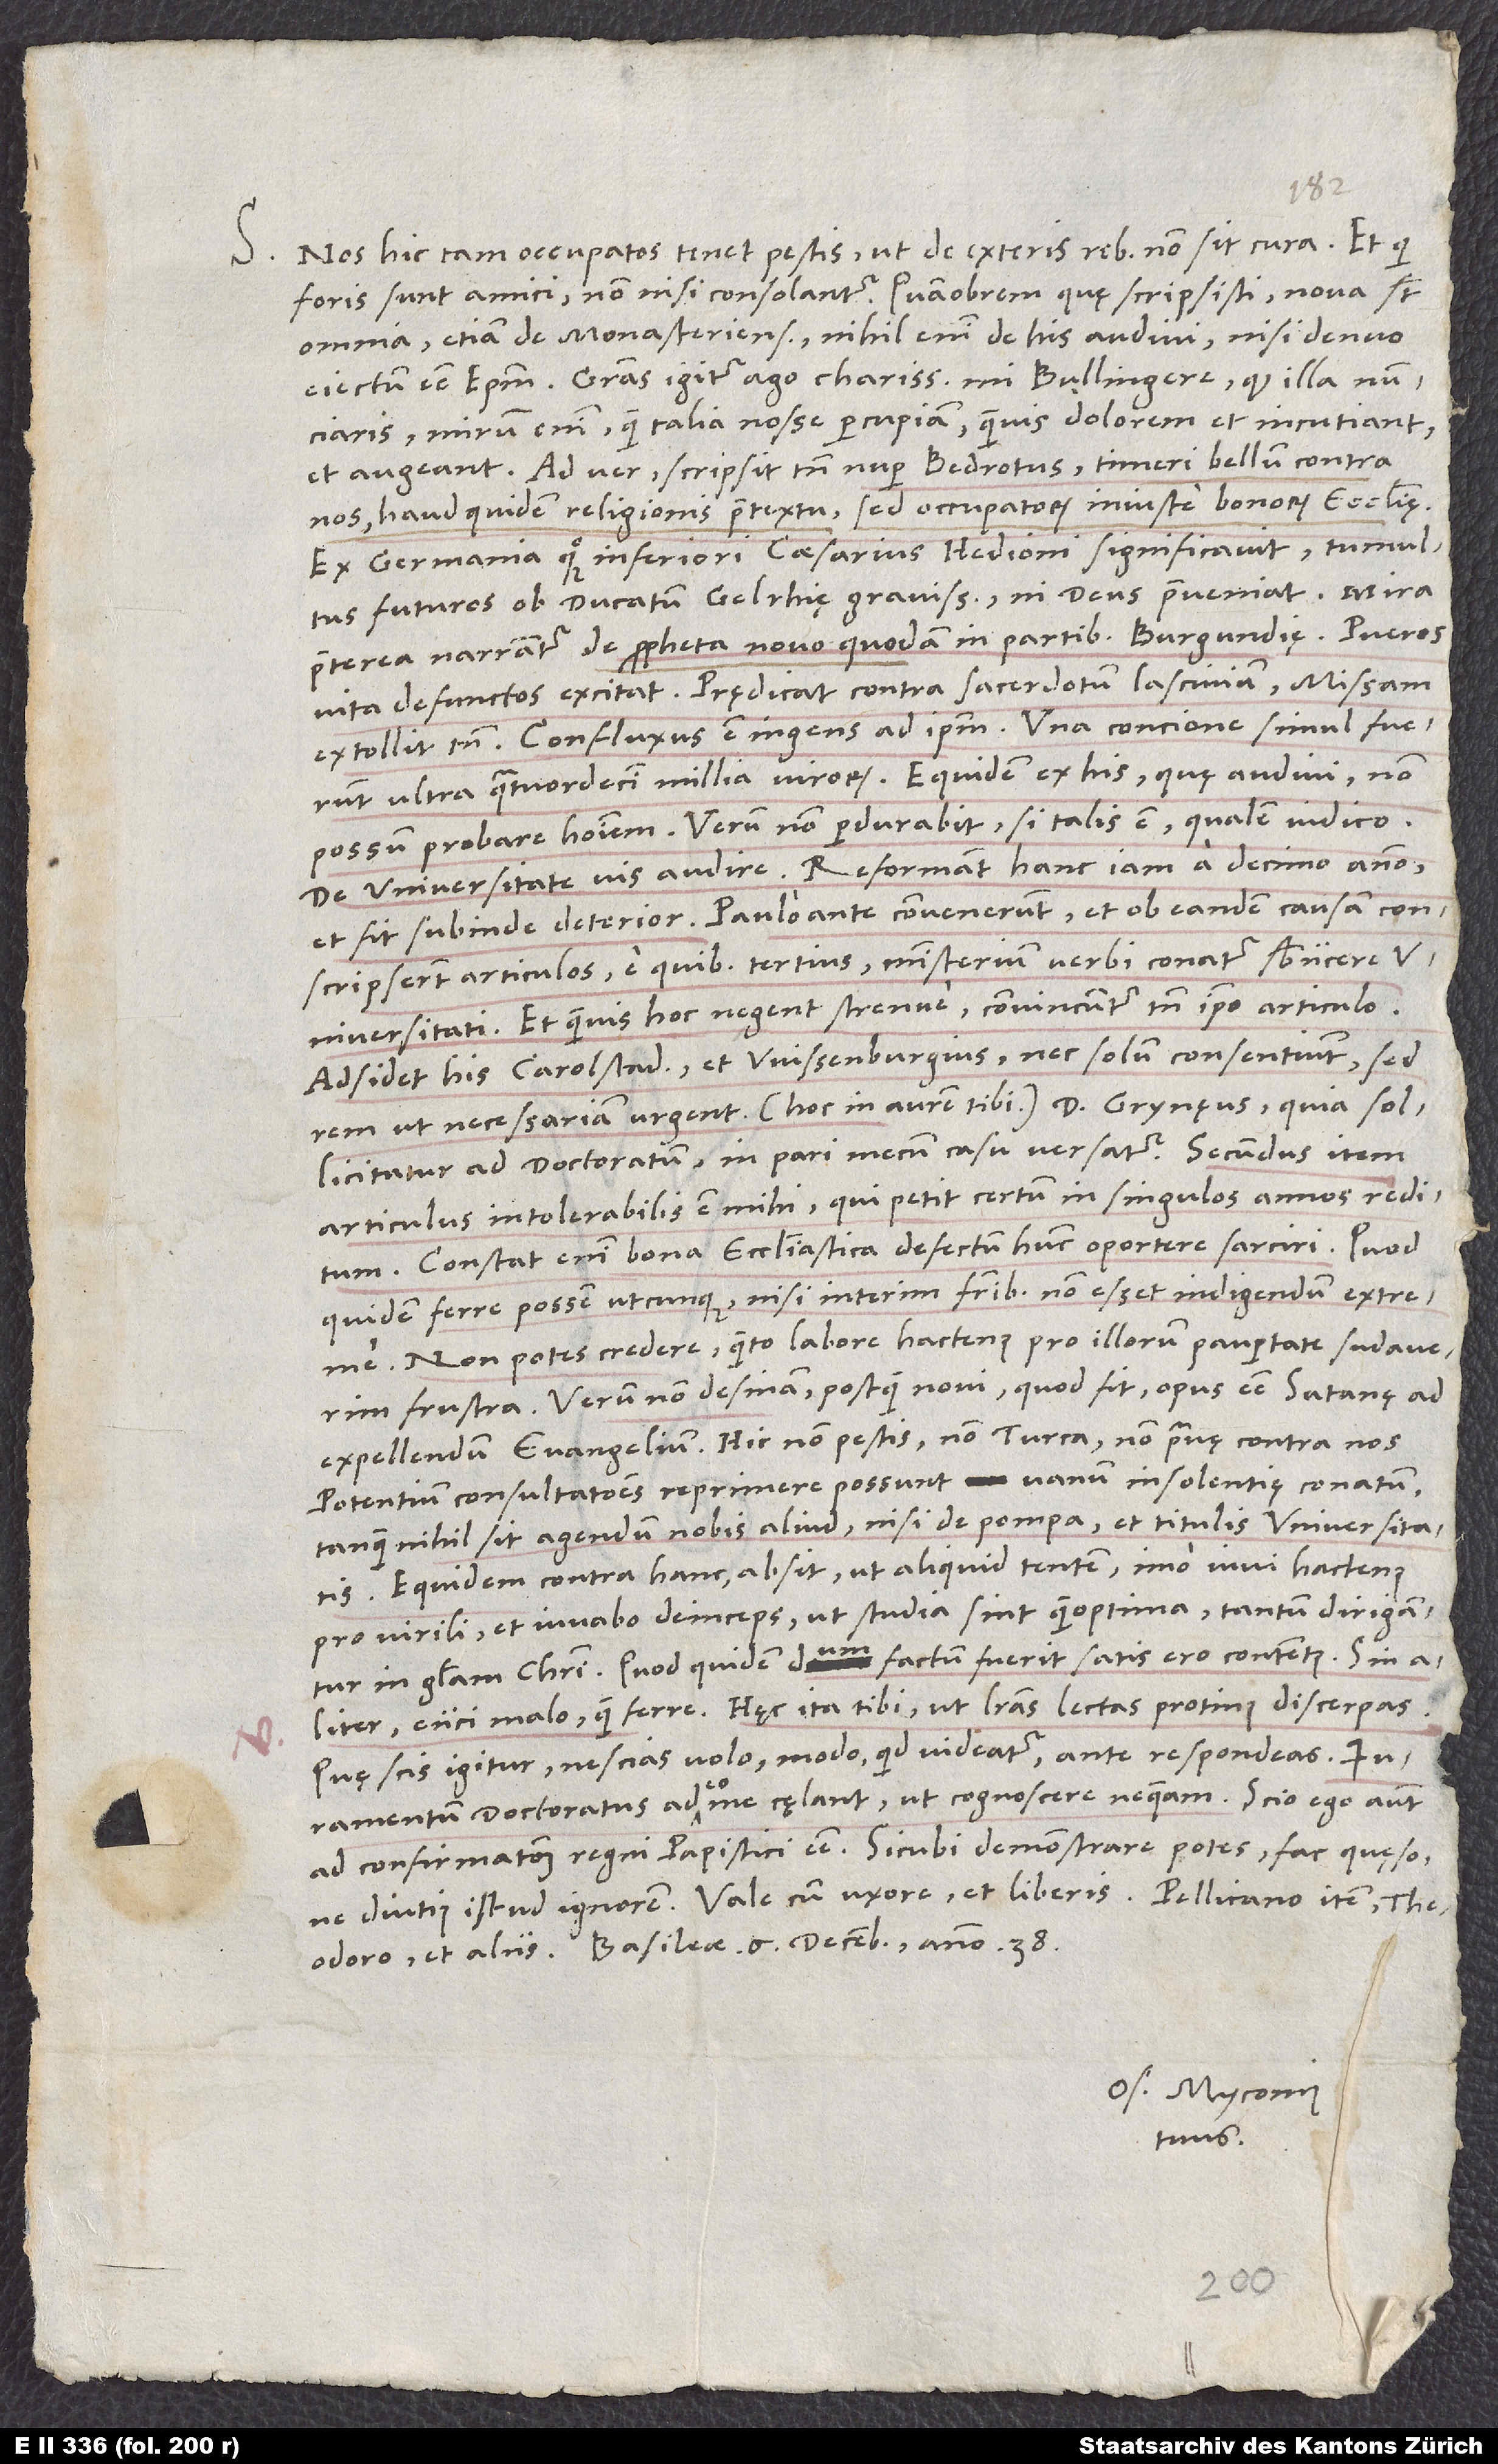
S. Nos hic tam occupatos tenet pestis, ut de exteris rebus non sit cura, et qui
foris sunt amici, non nisi consolantur. Quamobrem, quę scripsisti, nova sunt
omnia, etiam de Monasteriensibus; nihil enim de his audivi, nisi denuo
eiectum esse episcopum. Gratias igitur ago, charissime mi Bullingere, quod illa
nunciaris; mirum enim, quam talia nosse percupiam, quamvis dolorem et incutiant
Ad ver scripsit tamen nuper Bedrotus timeri bellum contra
nos, haud quidem religionis praetextu, sed occupatorum iniuste bonorum ecclesię.
Ex Germania quoque Inferiori Caesarius Hedioni significavit tumultus
futuros ob ducatum Gelrhię gravissimos, ni deus praeveniat.
praeterea narrantur de propheta novo quodam in partibus Burgundię: Pueros
vita defunctos excitat, prędicat contra sacerdotum lasciviam, missam
extollit tamen. Confluxus est ingens ad ipsum; una concione simul fuerunt
ultra quatuordecim millia virorum. Equidem ex his, quę audivi, non
possum probare hominem; verum non perdurabit, si talis est, qualem iudico.
De universitate vis audire. Reformant hanc iam a decimo anno,
et fit subinde deterior. Paulo ante convenerunt et ob eandem causam
conscripserunt articulos, e quibus tertius ministerium verbi conatur subiicere
universitati. Et quamvis hoc negent strenue, convincuntur tamen ipso articulo.
Adsidet his Carolstadius et Wissenburgius, nec solum consentiunt, sed
rem ut necessariam urgent (hoc in aurem tibi). Dominus Grynęus, quia sollicitatur
ad doctoratum, in pari mecum casu versatur. Secundus item
articulus intolerabilis est mihi, qui petit certum in singulos annos reditum.
Constat enim bona ecclesiastica defectum hunc oportere sarcire, quod
quidem ferre possem utcunque, nisi interim fratribus non esset indigendum extreme.
Non potes credere, quanto labore hactenus pro illorum paupertate sudaverim
frustra; verum non desinam, postquam novi, quod fit, opus esse satanę ad
expellendum evangelium. Hic non pestis, non Turca, non pravę contra nos
potentium consultationes reprimere possunt vanum insolentię conatum,
tanquam nihil sit agendum nobis aliud nisi de pompa et titulis universitatis.
Equidem contra hanc absit ut aliquid tentem, imo iuvi hactenus
pro virili et iuvabo deinceps, ut studia sint quam optima, tantum dirigantur
in gloriam Christi. Quod quidem dum factum fuerit, satis ero contentus, sin
aliter, eiici malo quam ferre. Hęc ita tibi, ut literas lectas protinus discerpas.
Quę scis igitur, nescias volo; modo, quid videatur, ante respondeas.
Iuramentum doctoratus adeo me cęlant, ut cognoscere nequeam; scio ego autem
ad confirmationem regni papistici esse. Sicubi demonstrare potes, fac, quęso,
et aliis. Basileae, 6. decembris anno 38.
Os. Myconius
tuus.